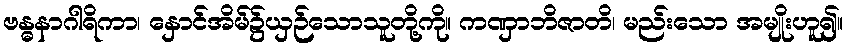
ဗန္ဓနာဂါရိကာ၊ နှောင်အိမ်၌ယှဉ်သောသူတို့ကို။ ကဏှာဘိဇာတိ၊ မည်းသော အမျိုးဟူ၍။